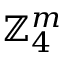
\mathbb { Z } _ { 4 } ^ { m }